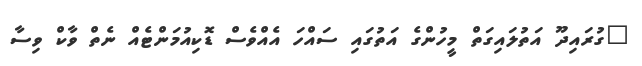
"ގުރައިދޫ އަތުލައިގަތް މީހުންގެ އަތުގައި ސައްހަ އެެއްވެސް ޑޮކިއުމަންޓެއް ނެތް ވާކް ވިސާ